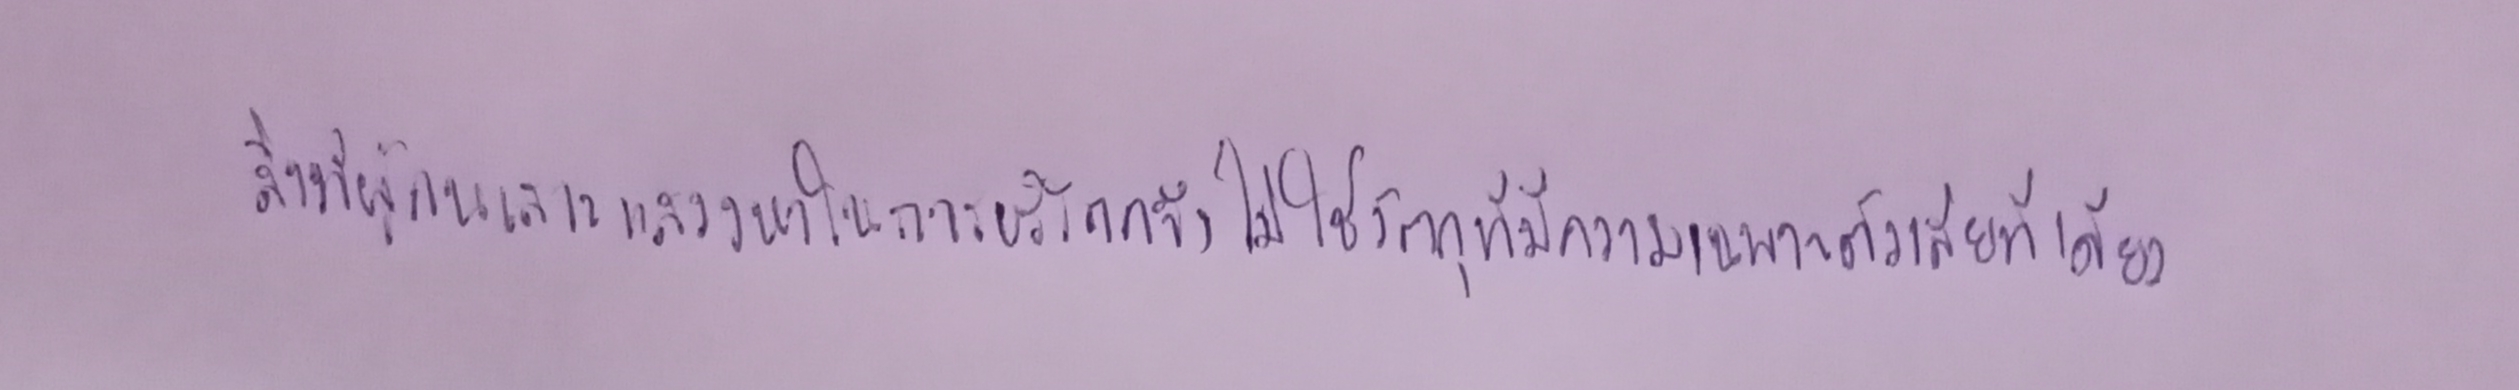
สิ่งที่ผู้คนเสาะแสวงหาในการบริโภคจึงไม่ใช่วัตถุที่มีความเฉพาะตัวเสียทีเดียว